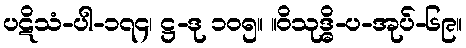
ပဋိသံ-ပါ-၁၇၄၊ ဋ္ဌ-ဒု ၁၀၅။ ။ဝိသုဒ္ဓိ-ပ-အုပ်-၆၉။